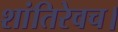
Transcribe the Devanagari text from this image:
शांतिरेवच।